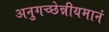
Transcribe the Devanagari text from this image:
अनुगच्छेन्नीयमानं